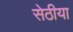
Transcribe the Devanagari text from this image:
सेठीया